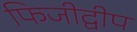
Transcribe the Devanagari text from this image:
फिजीद्वीप